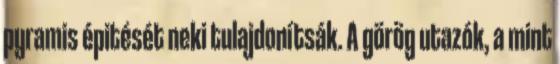
pyramis épitését neki tulajdonítsák. A görög utazók, a mint